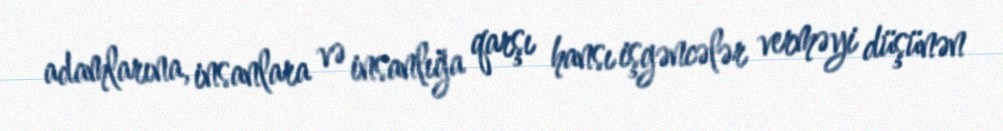
adamlarına, insanlara və insanlığa qarşı hansı işgəncələr verməyi düşünən